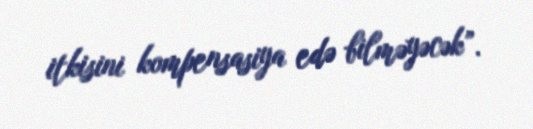
itkisini kompensasiya edə bilməyəcək”.